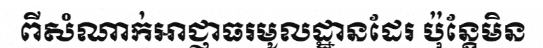
ពីសំណាក់អាជ្ញាធរមូលដ្ឋានដែរ ប៉ុន្តែមិន